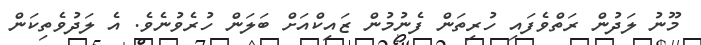
މޫނު ލަދުން ރަތްވެފައި ހުރިތަން ފެނުމުން ޒައިކްއަށް ބަލަން ހުރެވުނެވެ. އެ ލަދުވެތިކަން